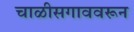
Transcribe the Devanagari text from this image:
चाळीसगाववरून